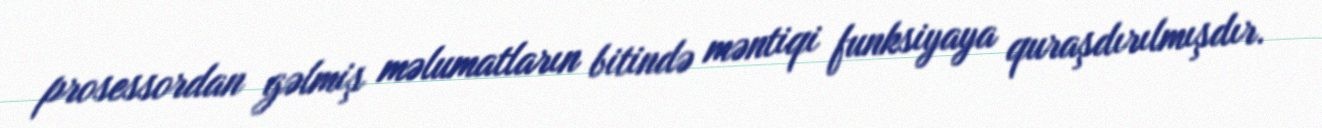
prosessordan gəlmiş məlumatların bitində məntiqi funksiyaya quraşdırılmışdır.